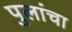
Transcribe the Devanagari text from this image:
पुलांचा